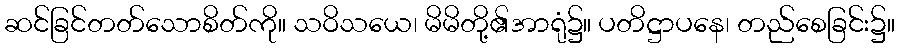
ဆင်ခြင်တတ်သောစိတ်ကို။ သဝိသယေ၊ မိမိတို့၏အာရုံ၌။ ပတိဋ္ဌာပနေ၊ တည်စေခြင်း၌။